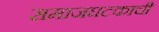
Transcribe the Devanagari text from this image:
समाजघटकाची